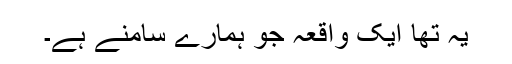
یہ تھا ایک واقعہ جو ہمارے سامنے ہے۔